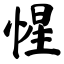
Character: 惺